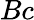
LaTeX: Bc